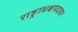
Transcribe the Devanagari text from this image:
राष्ट्राधक्षपदावर